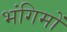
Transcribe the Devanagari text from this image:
भंगिमों